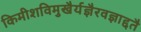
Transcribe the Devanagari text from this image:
किमीशविमुखैर्यज्ञैरवज्ञाद्दतै